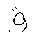
Letter: _qaf